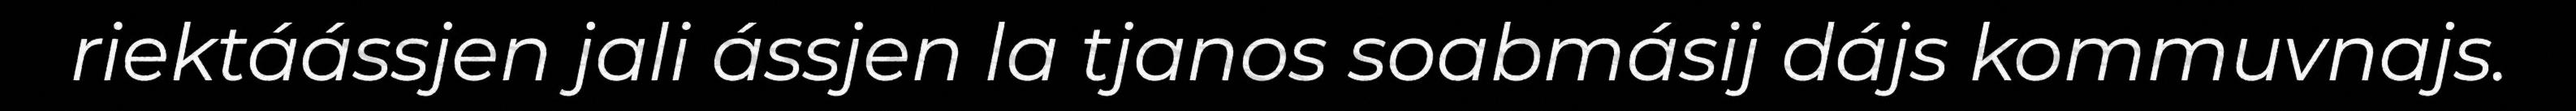
riektáássjen jali ássjen la tjanos soabmásij dájs kommuvnajs.